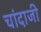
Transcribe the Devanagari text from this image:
चांदाजी